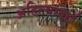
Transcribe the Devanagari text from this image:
अहिल्याताई